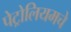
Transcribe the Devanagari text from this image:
पेट्रोलियमचे